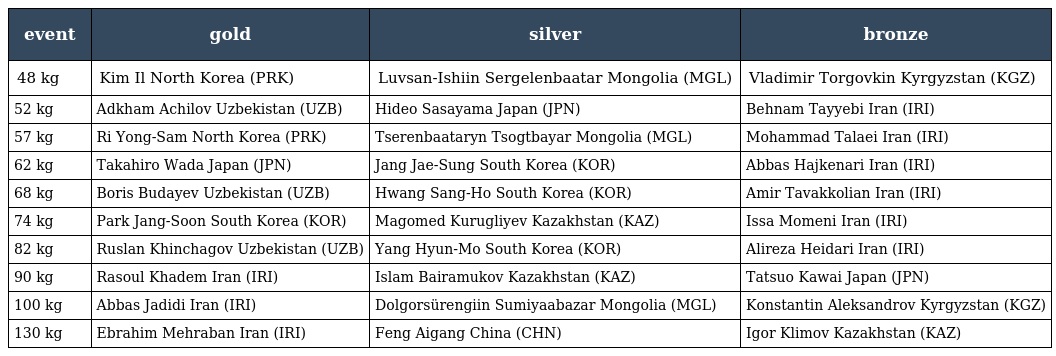
| event | gold | silver | bronze |
 | --- | --- | --- | --- |
 | 48 kg | Kim Il North Korea (PRK) | Luvsan-Ishiin Sergelenbaatar Mongolia (MGL) | Vladimir Torgovkin Kyrgyzstan (KGZ) |
 | 52 kg | Adkham Achilov Uzbekistan (UZB) | Hideo Sasayama Japan (JPN) | Behnam Tayyebi Iran (IRI) |
 | 57 kg | Ri Yong-Sam North Korea (PRK) | Tserenbaataryn Tsogtbayar Mongolia (MGL) | Mohammad Talaei Iran (IRI) |
 | 62 kg | Takahiro Wada Japan (JPN) | Jang Jae-Sung South Korea (KOR) | Abbas Hajkenari Iran (IRI) |
 | 68 kg | Boris Budayev Uzbekistan (UZB) | Hwang Sang-Ho South Korea (KOR) | Amir Tavakkolian Iran (IRI) |
 | 74 kg | Park Jang-Soon South Korea (KOR) | Magomed Kurugliyev Kazakhstan (KAZ) | Issa Momeni Iran (IRI) |
 | 82 kg | Ruslan Khinchagov Uzbekistan (UZB) | Yang Hyun-Mo South Korea (KOR) | Alireza Heidari Iran (IRI) |
 | 90 kg | Rasoul Khadem Iran (IRI) | Islam Bairamukov Kazakhstan (KAZ) | Tatsuo Kawai Japan (JPN) |
 | 100 kg | Abbas Jadidi Iran (IRI) | Dolgorsürengiin Sumiyaabazar Mongolia (MGL) | Konstantin Aleksandrov Kyrgyzstan (KGZ) |
 | 130 kg | Ebrahim Mehraban Iran (IRI) | Feng Aigang China (CHN) | Igor Klimov Kazakhstan (KAZ) |